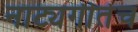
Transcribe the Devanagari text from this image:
नाट्यगीतेच